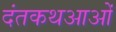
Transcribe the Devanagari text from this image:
दंतकथआओं